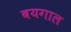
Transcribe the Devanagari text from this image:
बयगाल